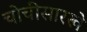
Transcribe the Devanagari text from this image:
चोचीसारखे